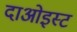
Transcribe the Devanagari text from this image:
दाओइस्ट